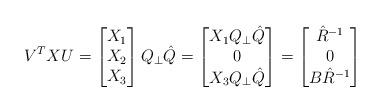
LaTeX: \begin{align*} V^TXU = \begin{bmatrix} X_1 \\ X_2 \\ X_3 \end{bmatrix} Q_{\perp} \hat{Q} = \begin{bmatrix} X_1 Q_{\perp}\hat{Q} \\ 0 \\ X_3 Q_{\perp}\hat{Q} \end{bmatrix} = \begin{bmatrix} \hat{R}^{-1} \\ 0 \\ B\hat{R}^{-1} \end{bmatrix}\end{align*}